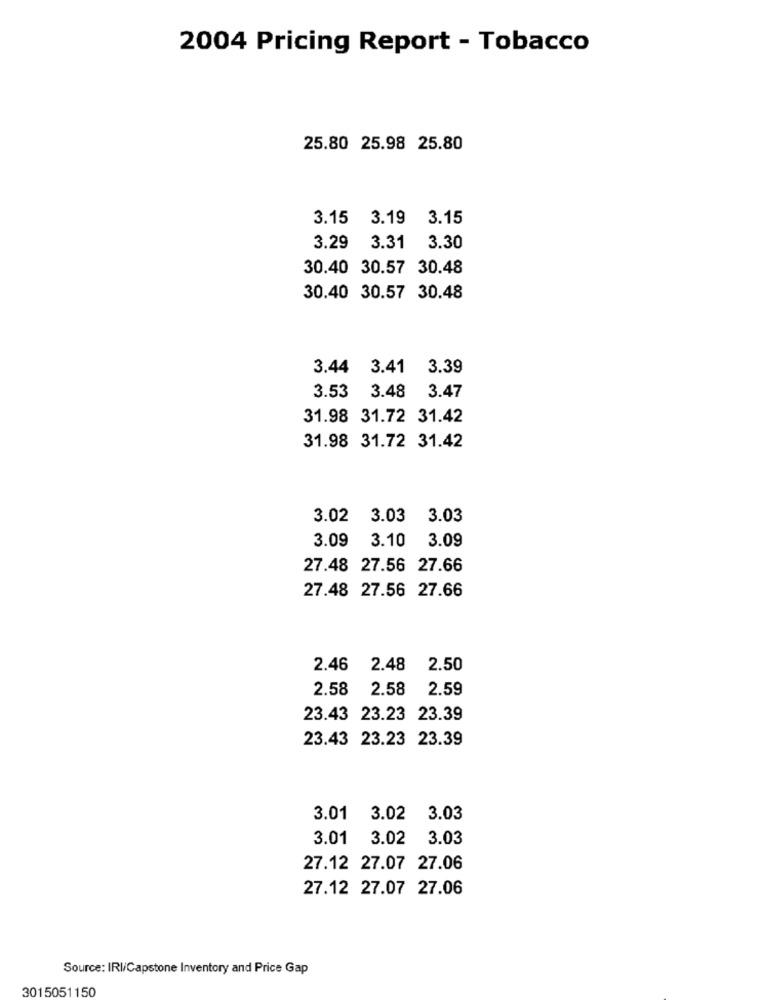
2004 Pricing Report - Tobacco
25.80 25.98 25.80
3.15 3.19 3.15
3.29 3.31 3.30
30.40 30.57 30.48
30.40 30.57 30.48
3.44 3.41 3.39
3.53 3.48 3.47
31.98 31.72 31.42
31.98 31.72 31.42
3.02 3.03 3.03
3.09 3.10
3.09
27.48 27.56 27.66
27.48 27.56 27.66
2.46
2.48
2.50
2.58
2.58
2.59
23.43 23.23 23.39
23.43 23.23 23.39
3.01 3.02
3.03
3.01 3.02 3.03
27.12 27.07 27.06
27.12 27.07 27.06
Source: IRI/Capstone Inventory and Price Gap
3015051150